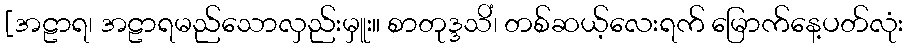
[အဠာရ၊ အဠာရမည်သောလှည်းမှူး။ စာတုဒ္ဒသိံ၊ တစ်ဆယ့်လေးရက် မြောက်နေ့ပတ်လုံး